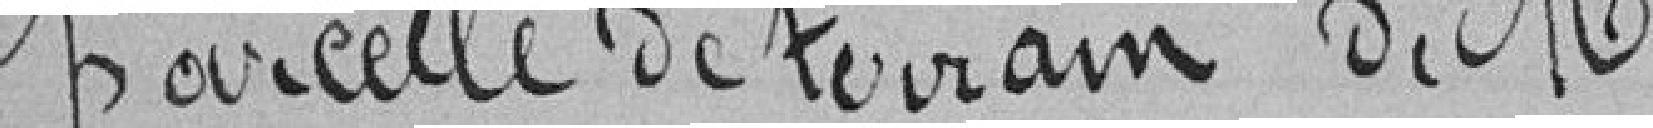
parcelle de terrain de M.